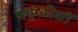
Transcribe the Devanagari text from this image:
प्रकृतीशीं